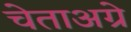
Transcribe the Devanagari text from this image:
चेताअग्रे